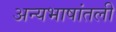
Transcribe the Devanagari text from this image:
अन्यभाषांतली